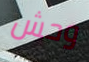
وحش